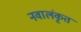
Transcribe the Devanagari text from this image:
नवालंकृत